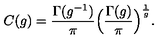
C ( g ) = \frac { \Gamma ( g ^ { - 1 } ) } { \pi } \Big ( \frac { \Gamma ( g ) } { \pi } \Big ) ^ { \frac { 1 } { g } } .